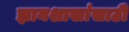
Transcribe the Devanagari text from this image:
ज्ञानशाखांसाठी